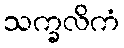
သက္ခလိကံ